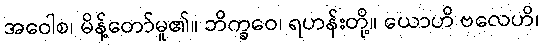
အဝေါစ၊ မိန့်တော်မူ၏။ ဘိက္ခဝေ၊ ရဟန်းတို့။ ယောဟိ ဗလေဟိ၊